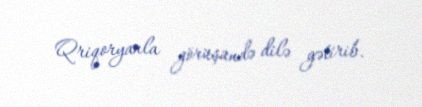
Qriqoryanla görüşündə dilə gətirib.